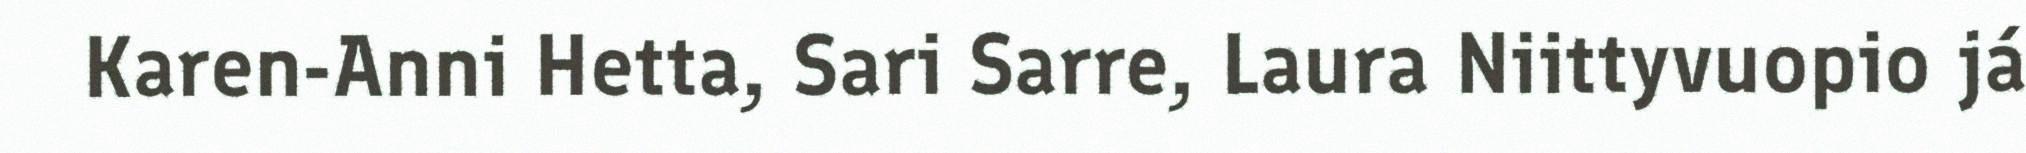
Karen-Anni Hetta, Sari Sarre, Laura Niittyvuopio já